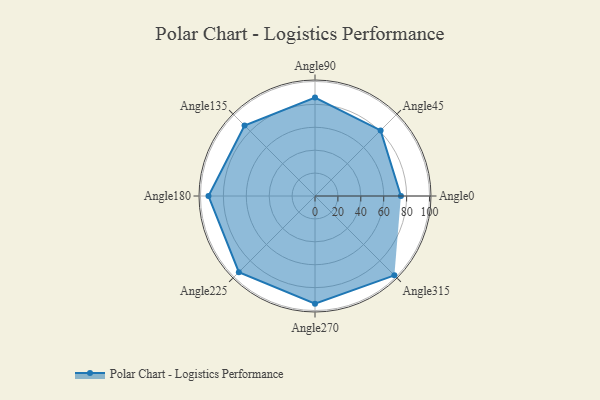
{"axis": {"x": "Angle", "y": "Radius"}, "legend": [""], "data": [{"x": "Angle0", "y": 75.0, "type": ""}, {"x": "Angle45", "y": 81.0, "type": ""}, {"x": "Angle90", "y": 86.0, "type": ""}, {"x": "Angle135", "y": 87.0, "type": ""}, {"x": "Angle180", "y": 93.0, "type": ""}, {"x": "Angle225", "y": 94.0, "type": ""}, {"x": "Angle270", "y": 94.0, "type": ""}, {"x": "Angle315", "y": 98.0, "type": ""}]}